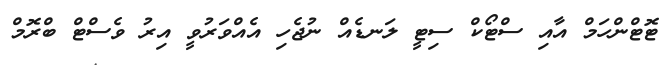
ޓޮޓްންހަމް އާއި ސްޓޯކް ސިޓީ ލަނޑެއް ނުޖެހި އެއްވަރުވީ އިރު ވެސްޓް ބްރޮމް